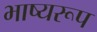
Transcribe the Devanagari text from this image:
भाष्यरूप